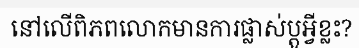
នៅលើពិភពលោកមានការផ្លាស់ប្តូអ្វីខ្លះ?